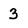
Character: 3